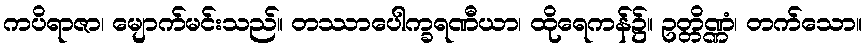
ကပိရာဇာ၊ မျောက်မင်းသည်။ တဿာပေါက္ခရဏီယာ၊ ထိုရေကန်၌။ ဥတ္တိဏ္ဏံ၊ တက်သော။